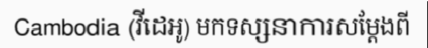
Cambodia (វីដេអូ) មកទស្សនាការសម្តែងពី